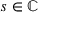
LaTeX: s \in \mathbb { C }